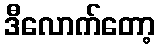
ဒီလောက်တော့